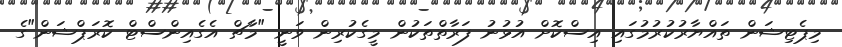
މިޕެޓިޝަން ތައްޔާރުކުރުމުގައި އިސްކޮށް އުޅުނު ފަރާތްތަކުން މީގެކުރިން ވަނީ "މާޗް އެގެއިންސްޓް ކޮރަޕްޝަން"ގެ